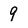
Character: 9